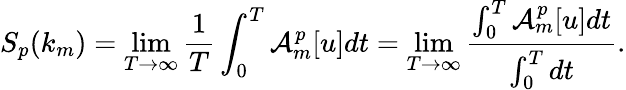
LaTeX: S_{p}(k_{m})=\operatorname*{lim}_{T\to\infty}\frac{1}{T}\int_{0}^{T}\mathcal{A}_{m}^{p}[u]dt=\operatorname*{lim}_{T\to\infty}\frac{\int_{0}^{T}\mathcal{A}_{m}^{p}[u]dt}{\int_{0}^{T}dt}.